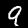
Label: 9